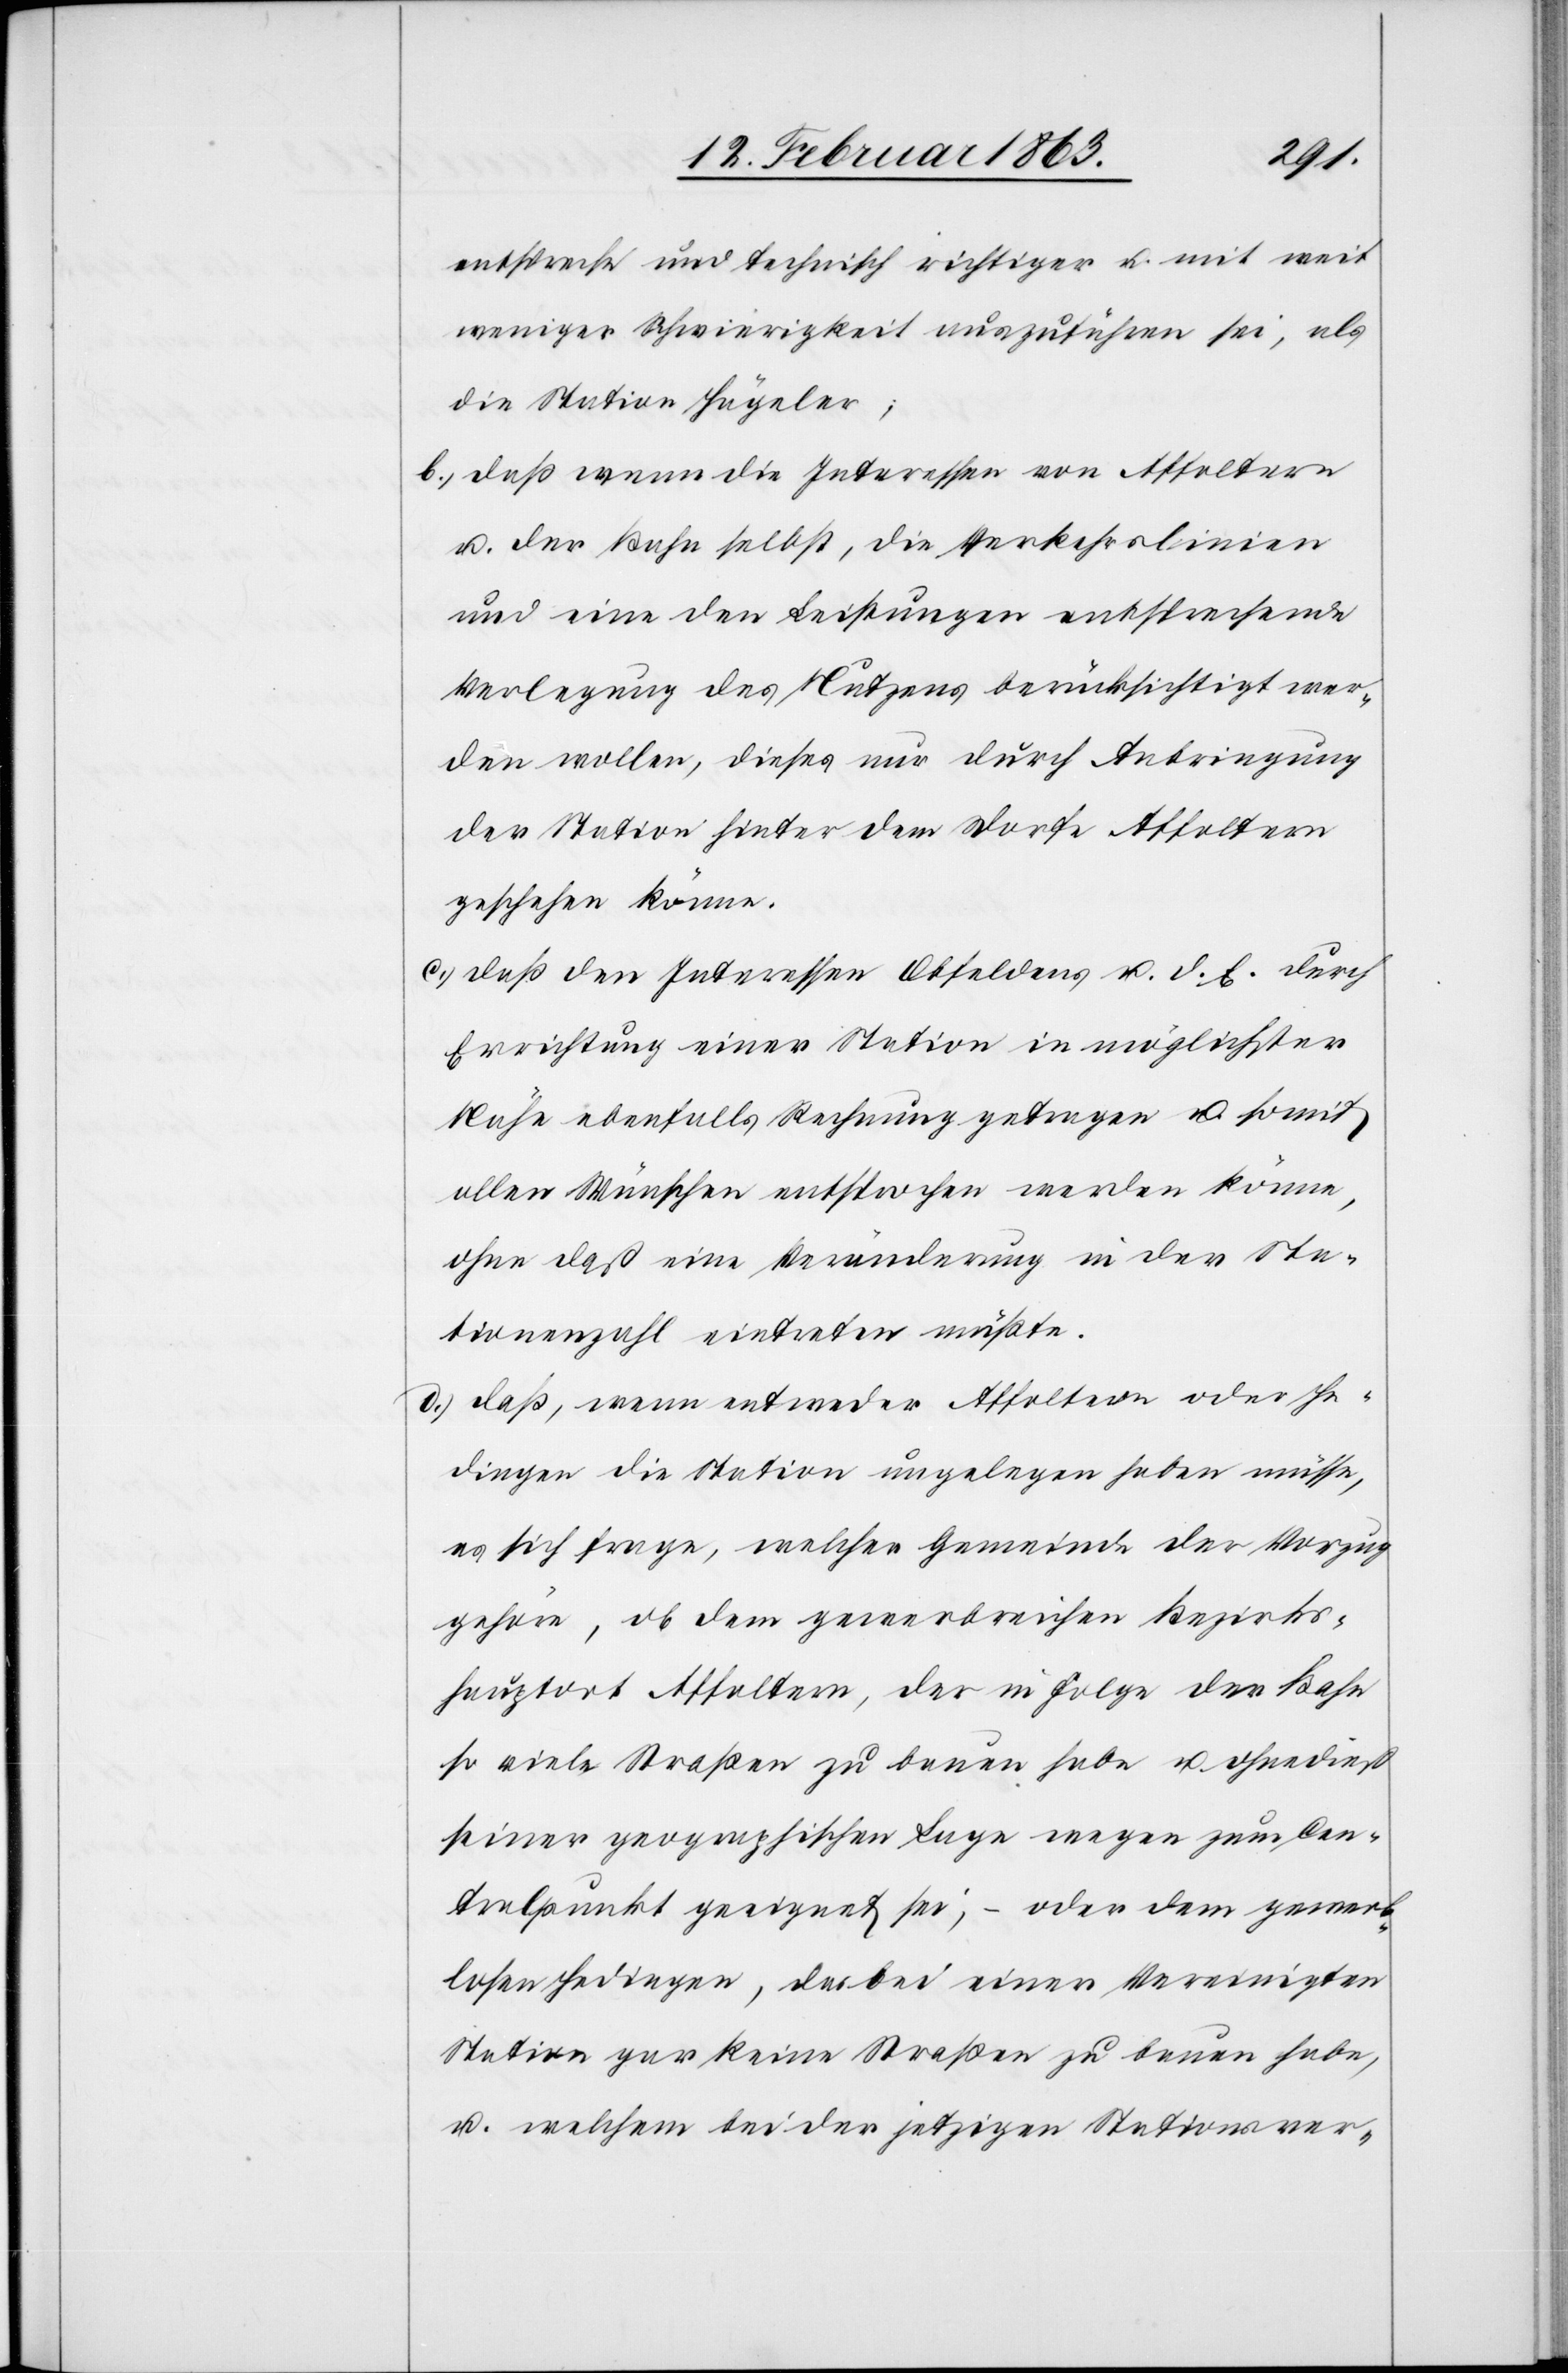
entspreche und technisch richtiger u. mit weit
weniger Schwierigkeit auszuführen sei, als
die Station Hägeler;
b.) daß wenn die Interessen von Affoltern
u. der Bahn selbst, die Verkehrslinien
und eine den Leistungen entsprechende
Verlegung des Nutzens berücksichtigt wer¬
den wollen, dieses nur durch Anbringung
der Station hinter dem Dorfe Affoltern
geschehen könne.
c.) daß den Interessen Obfeldens u. d. E. durch
Errichtung einer Station in möglichster
Nähe ebenfalls Rechnung getragen u. somit
allen Wünschen entsprochen werden könne,
ohne daß eine Veränderung in der Sta¬
tionenzahl eintreten müßte.
d.) daß, wenn entweder Affoltern oder He¬
dingen die Station ungelegen haben müsse,
es sich frage, welcher Gemeinde der Vorzug
gehöre, ob dem gewerbreichen Bezirks¬
hauptort Affoltern, der in Folge der Bahn
so viele Straßen zu bauen habe u. ohnedieß
seiner geographischen Lage wegen zum Cen¬
tralpunkt geeignet sei, – oder dem gewer¬
blosen Hedingen, das bei einer Vereinigten
Station gar keine Straßen zu bauen habe,
u. welchem bei der jetzigen Stationsver-